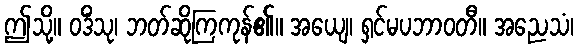
ဤသို့။ ဝဒိံသု၊ ဘတ်ဆိုကြကုန်၏။ အယျေ၊ ရှင်မပဘာဝတီ။ အညေသံ၊